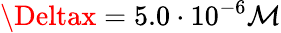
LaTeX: \Deltax=5.0\cdot10^{-6}\mathcal{M}